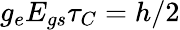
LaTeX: g_{e}E_{gs}\tau_{C}=h/2